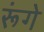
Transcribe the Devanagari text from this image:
रूंगे